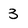
Character: 3